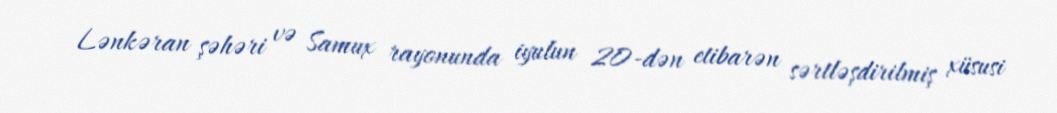
Lənkəran şəhəri və Samux rayonunda iyulun 20-dən etibarən sərtləşdirilmiş xüsusi